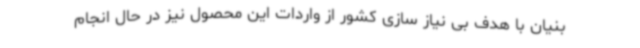
بنیان با هدف بی نیاز سازی کشور از واردات این محصول نیز در حال انجام